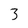
Character: 3